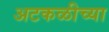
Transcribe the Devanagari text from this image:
अटकळीच्या